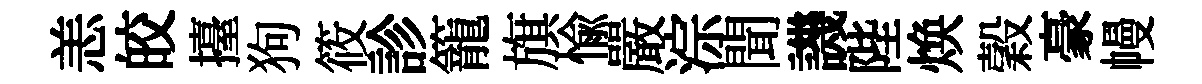
恙皎擡狗筱診籠旗愉嚴淙聞譏陛焕穀豪幔